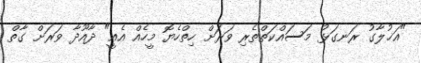
"އަޚުލާގު ރަނގަޅު މަސައްކަތްތެރި ވަރަށް ހިތްހެޔޮ މީހެއް އެއީ" ދާއޫދާ ވަރަށް ގާތް